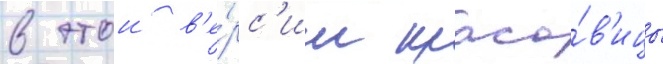
в этои в'е́рс'ии краса́в'ицы